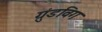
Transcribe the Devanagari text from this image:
ग्रुंडविग